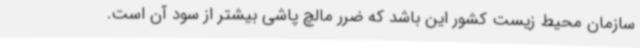
سازمان محیط زیست کشور این باشد که ضرر مالچ پاشی بیشتر از سود آن است.